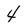
Character: 4